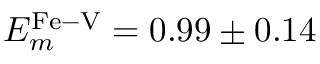
E _ { m } ^ { \mathrm { F e - V } } = 0 . 9 9 \pm 0 . 1 4